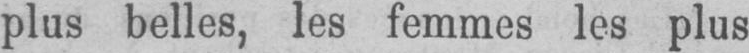
plus belles, les femmes les plus